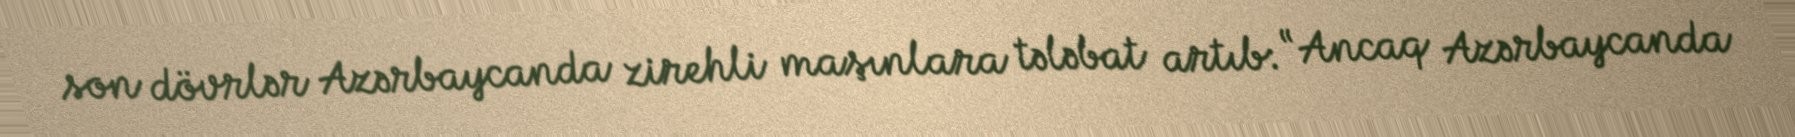
son dövrlər Azərbaycanda zirehli maşınlara tələbat artıb: “Ancaq Azərbaycanda